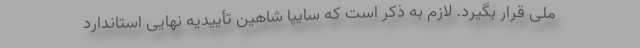
ملی قرار بگیرد. لازم به ذکر است که سایپا شاهین تأییدیه نهایی استاندارد